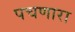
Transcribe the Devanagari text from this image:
पचणारा